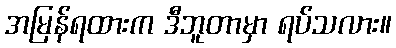
အမြန်ရထားက ဒီဘူတာမှာ ရပ်သလား။